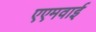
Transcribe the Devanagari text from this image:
एएमवाई